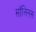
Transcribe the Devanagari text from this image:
सॉलिनस